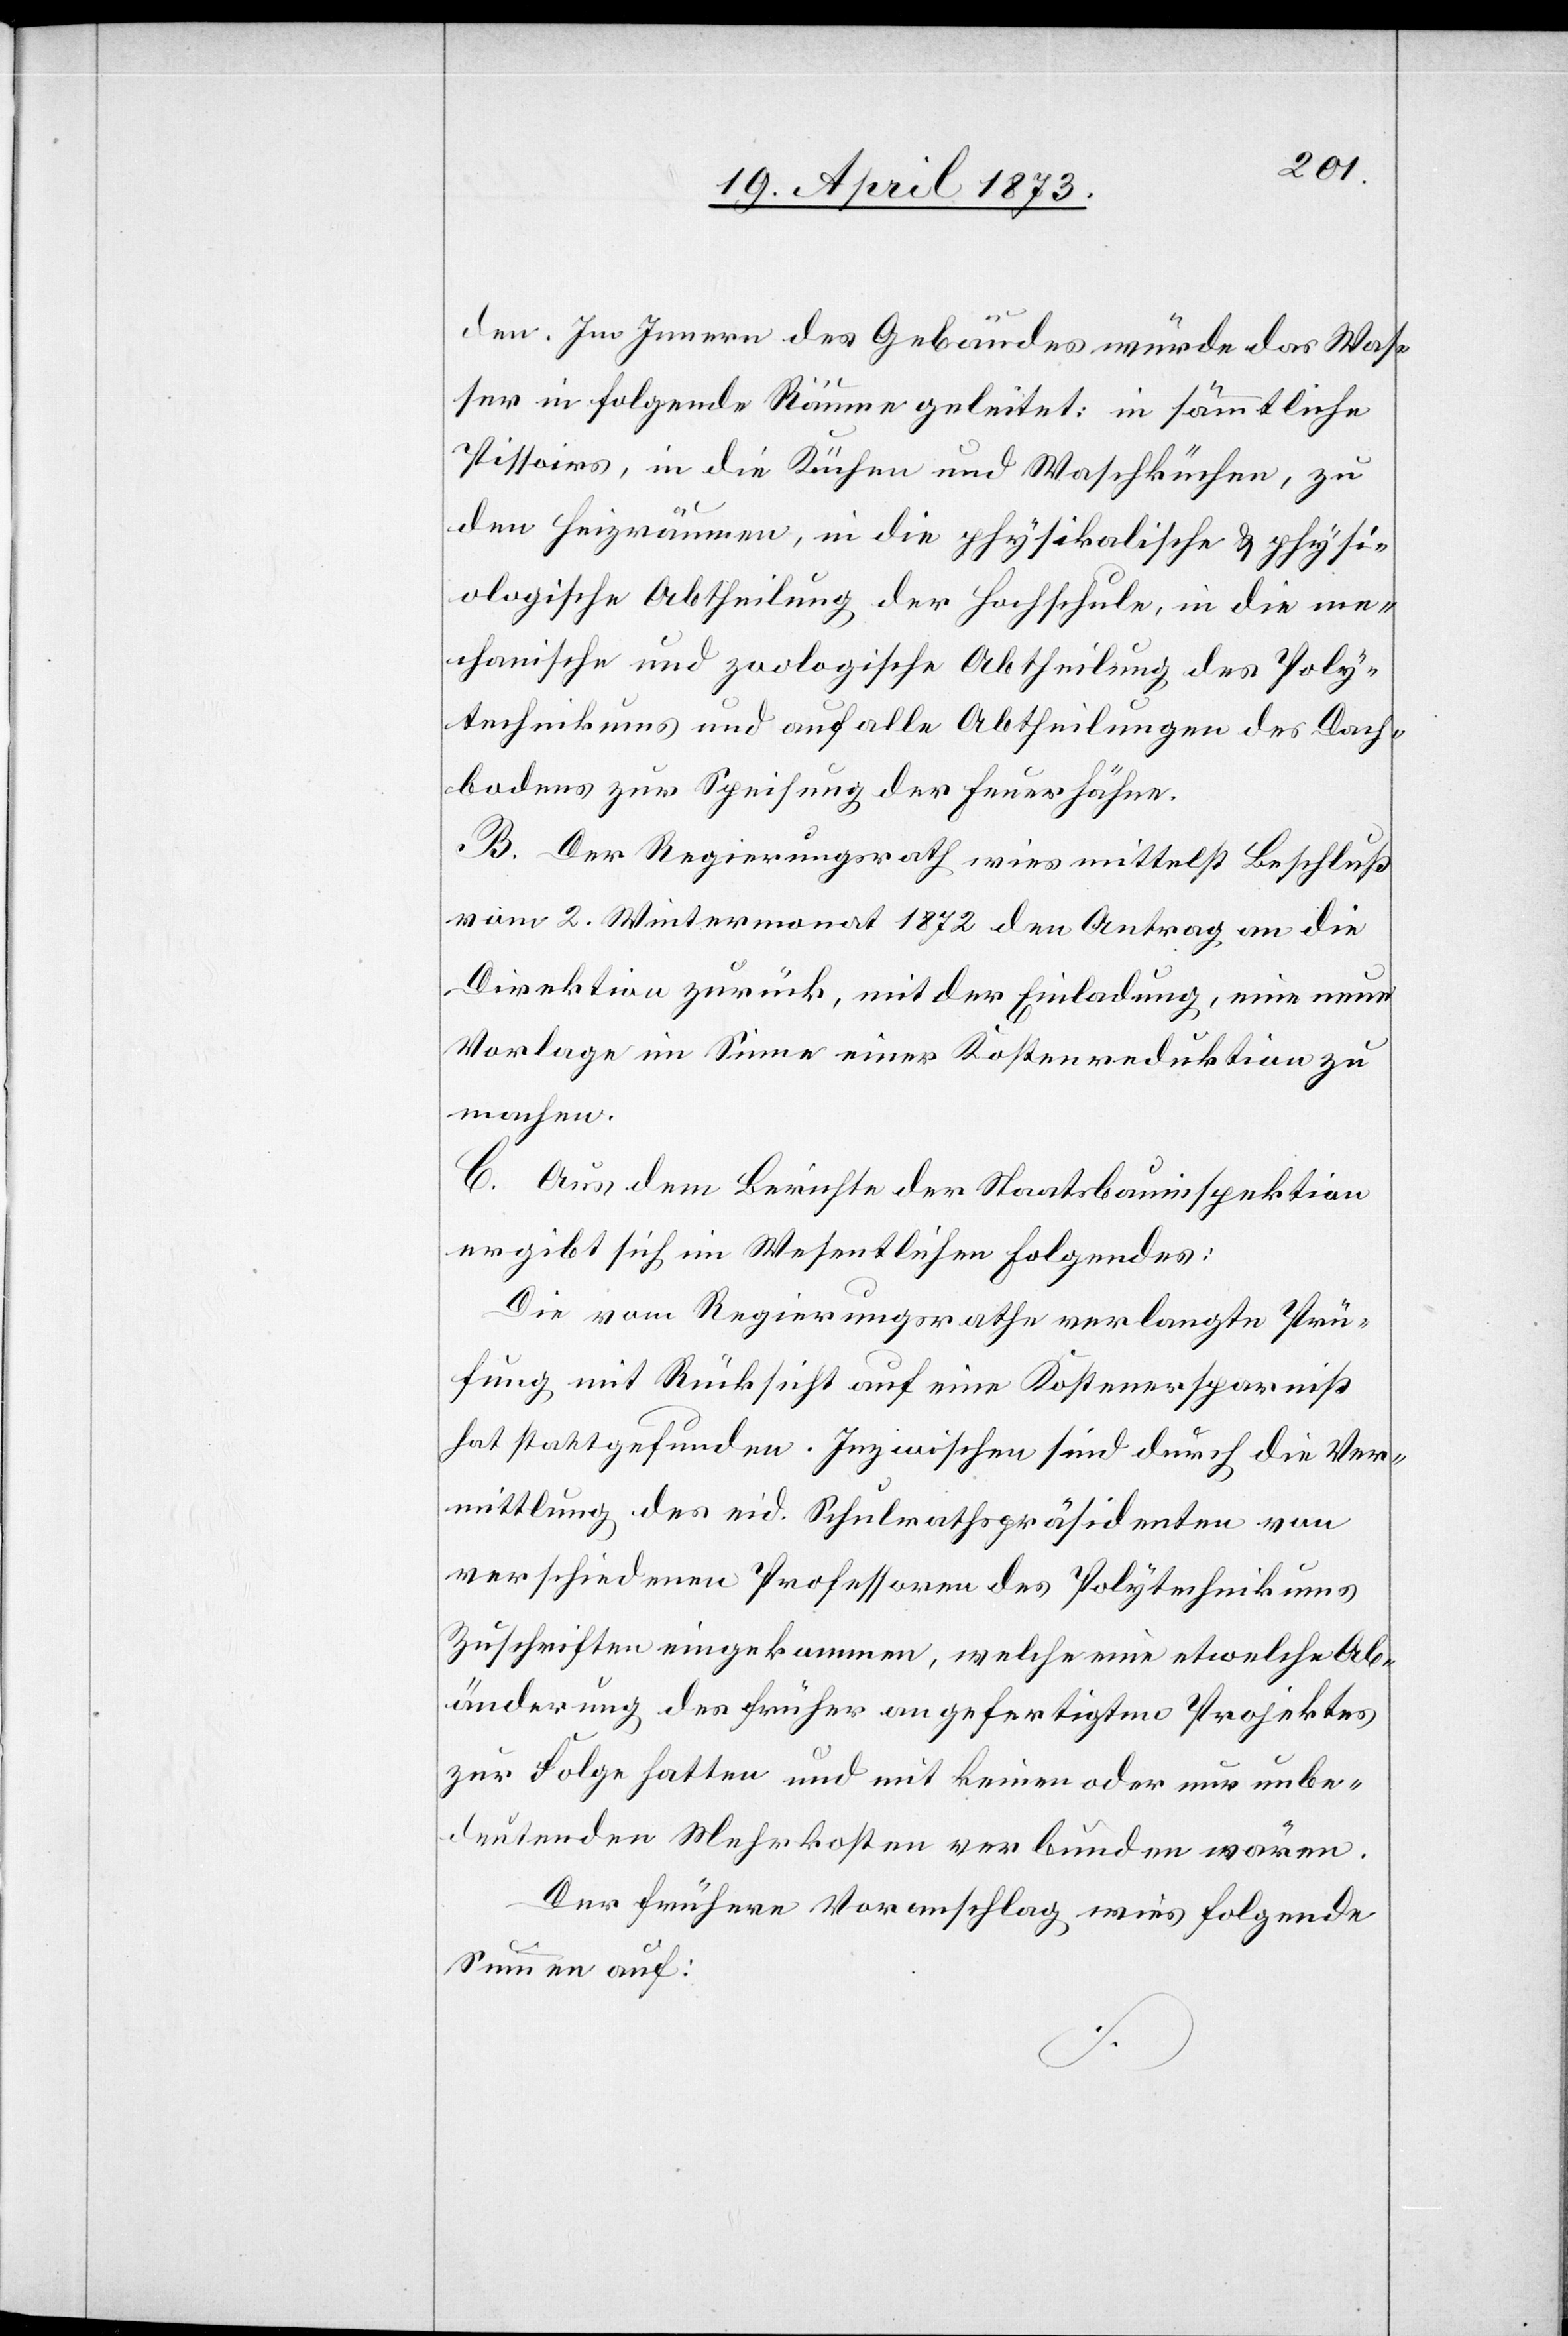
den. Im Innern des Gebäudes würde das Was¬
ser in folgende Räume geleitet: in sämmtliche
Pissoirs, in die Küchen und Waschküchen, zu
den Heizräumen, in die physikalische & physi¬
ologische Abtheilung der Hochschule, in die me¬
chanische und zoologische Abtheilung des Poly¬
technikums und auf alle Abtheilungen des Dach¬
bodens zur Speisung der Feuerhähne.
B. Der Regierungsrath wies mittelst Beschluß
vom 2. Wintermonat 1872 den Antrag an die
Direktion zurück, mit der Einladung, eine neue
Vorlage im Sinne einer Kostenreduktion zu
machen.
C. Aus dem Berichte der Staatsbauinspektion
ergibt sich im Wesentlichen Folgendes:
Die vom Regierungsrathe verlangte Prü¬
fung mit Rücksicht auf eine Kostenersparniß
hat stattgefunden. Inzwischen sind durch die Ver¬
mittlung des eid. Schulrathspräsidenten von
verschiedenen Professoren des Polytechnikums
Zuschriften eingekommen, welche eine etwelche Ab¬
änderung des früher angefertigten Projektes
zur Folge hatten und mit keinen oder nur unbe¬
deutenden Mehrkosten verbunden wären.
Der frühere Voranschlag wies folgende
Summen auf: